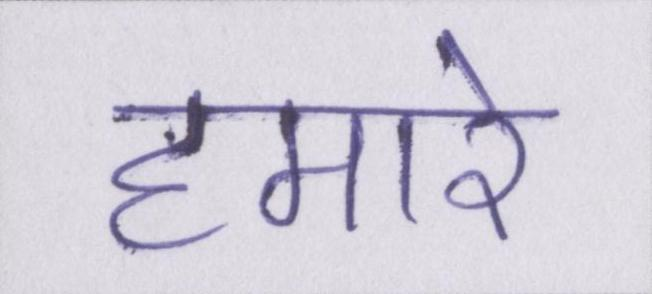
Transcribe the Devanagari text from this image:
हमारे